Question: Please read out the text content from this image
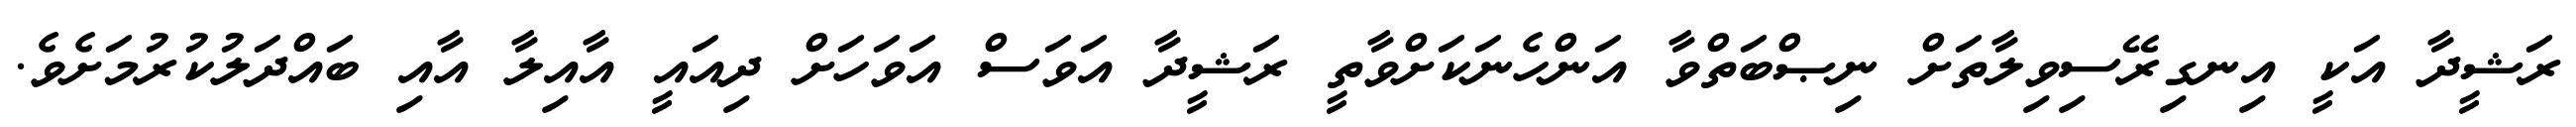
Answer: ރަޝީދާ އަކީ އިނގިރޭސިވިލާތަށް ނިޞްބަތްވާ އަންހެނަކަށްވާތީ ރަޝީދާ އަވަސް އަވަހަށް ދިއައީ އާއިލާ އާއި ބައްދަލުކުރުމަށެވެ.